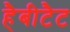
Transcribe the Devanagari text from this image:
हैबीटैट